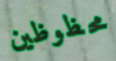
محظوظين